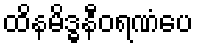
ထိနမိဒ္ဓနီဝရဏံပေ